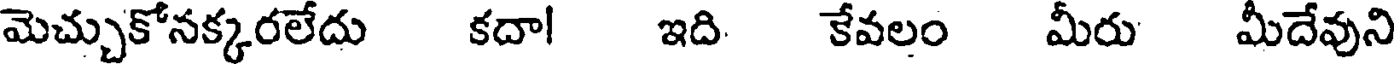
మెచ్చుకోనక్కరలేదు కదా! ఇది కేవలం మీరు మీదేవుని